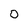
Character: 0